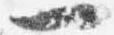
一